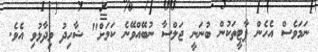
ނަމަވެސް އެހެން ޕާޓީތަކުން ބުނަނީ ޖަލްސާ ނުބޭއްވޭނެ ކަމަށް" ޝާހިދު ވިދާޅުވި އެވެ.